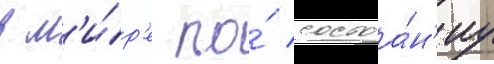
в м'и́р'е по́ состоа́н'иу